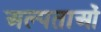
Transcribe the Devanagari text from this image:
अल्पताओं